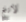
لانغ